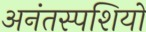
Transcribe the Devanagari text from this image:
अनंतस्पशियों